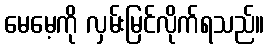
မေမေ့ကို လှမ်းမြင်လိုက်ရသည်။